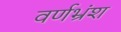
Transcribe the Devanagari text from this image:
वर्णभ्रंश